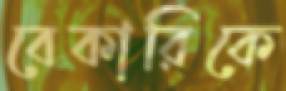
বেকারিকে